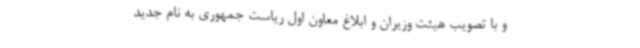
و با تصویب هیئت وزیران و ابلاغ معاون اول ریاست جمهوری به نام جدید